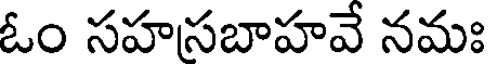
ఓం సహసబాహవే నమః